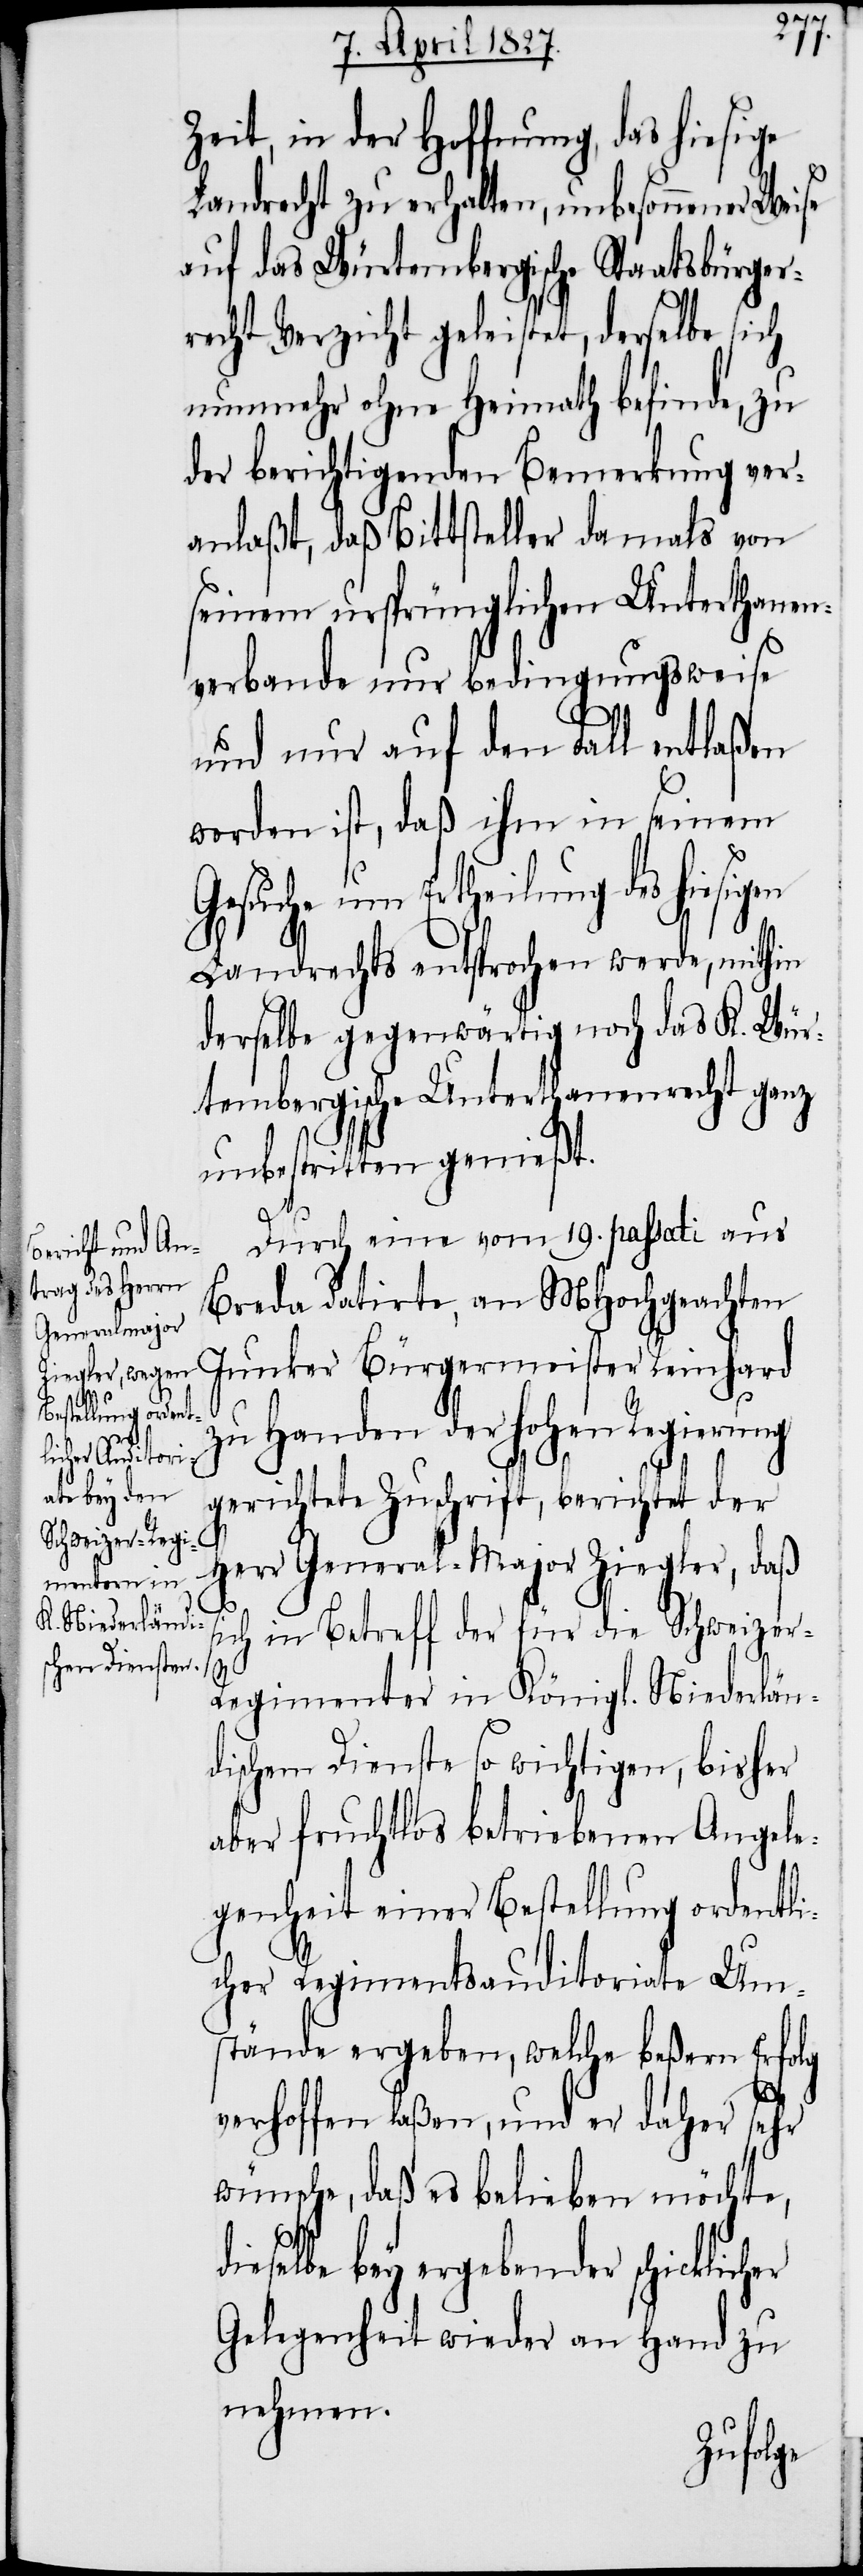
r-R¬
Zeit, in der Hoffnung, das hiesige
Landrecht zu erhalten, unbesonnener Weise
auf das Würtembergische Staatsbürger¬
recht Verzicht geleistet, derselbe sich
nunmehr ohne Heimath befinde, zu
der berichtigenden Bemerkung ver¬
anlaßt, daß Bittsteller damals von
seinem ursprünglichen Unterthanen¬
verbande nur bedingungsweise
und nur auf den Fall entlaßen
worden ist, daß ihm in seinem
Ertheilung des hiesigen
Landrechts entsprochen werde, mithin
derselbe gegenwärtig noch das K. Wür¬
tembergische Unterthanenrecht ganz
unbestritten genießt.
Durch eine vom 19. passati aus
Breda datirte, an MHochgeachten
Junker Bürgermeister Reinhard
zu Handen der Hohen Regierung
gerichtete Zuschrift, berichtet der
Herr General-Major Ziegler, daß
ich in Betreff der für die Schweize¬
egimenter in Königl. Niederlän¬
dischem Dienste so wichtigen, bisher
aber fruchtlos betriebenen Angele¬
genheit einer Bestellung ordentli¬
cher Regimentsauditoriale Um¬
stände ergeben, welche beßern Erfolg
verhoffen laßen, und er daher sehr
wünsche, daß es belieben möchte,
dieselbe bey ergebender schicklicher
Gelegenheit wieder an Hand zu
nehmen.
Gesuche